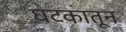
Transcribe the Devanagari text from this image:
घटकातून